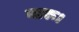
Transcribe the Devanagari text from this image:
नारू।